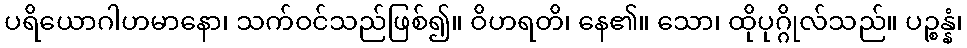
ပရိယောဂါဟမာနော၊ သက်ဝင်သည်ဖြစ်၍။ ဝိဟရတိ၊ နေ၏။ သော၊ ထိုပုဂ္ဂိုလ်သည်။ ပဉ္စန္နံ၊